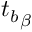
{ t _ { b } } _ { \beta }